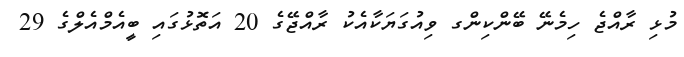
މުޅި ރާއްޖެ ހިމެނޭ ބޭންކިންގ ވިއުގަޔަކާއެކު ރާއްޖޭގެ 20 އަތޮޅުގައި ބީއެމްއެލްގެ 29